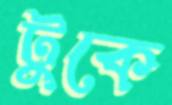
টুকে